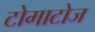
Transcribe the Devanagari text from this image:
टोमाटोज